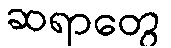
ဆရာတွေ